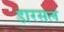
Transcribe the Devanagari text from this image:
डारसल